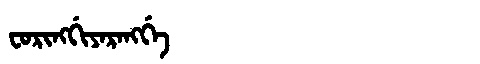
Manchu: ᠸᠣᡵᡳᠩᡤᡳᠶᠠᡵᠠᠩᡤᡝ
Romanization: FORINGGIYARANGGE